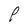
Character: P